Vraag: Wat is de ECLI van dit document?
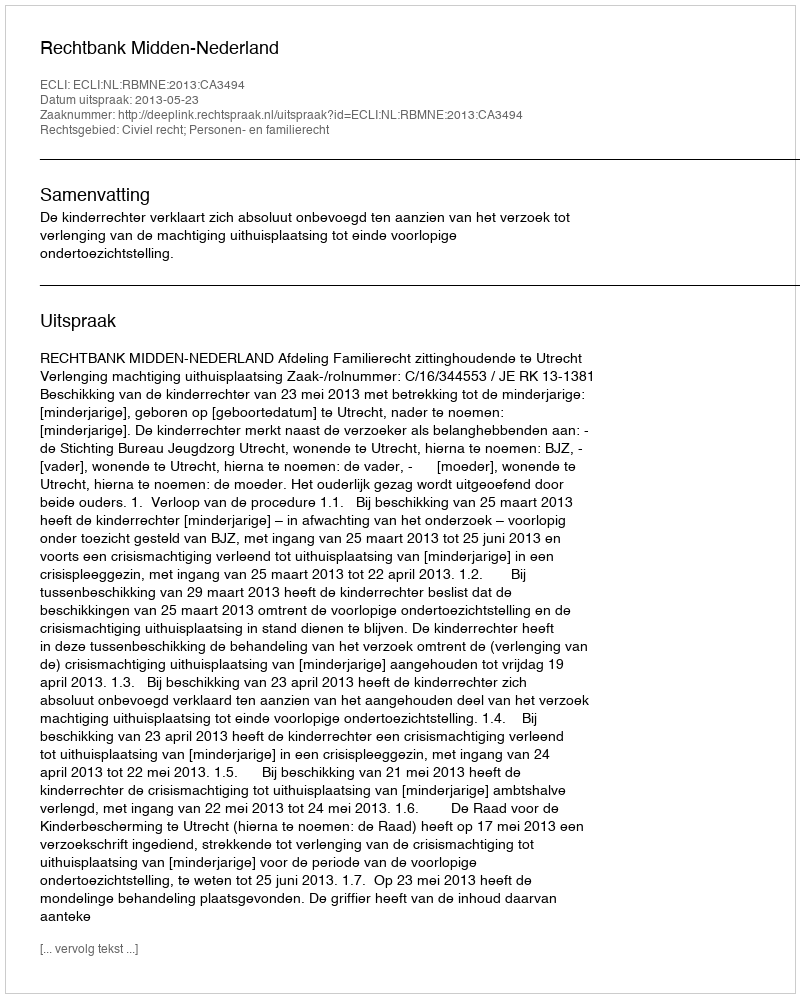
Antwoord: ECLI:NL:RBMNE:2013:CA3494